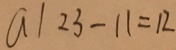
a \vert 2 3 - 1 1 = 1 2